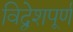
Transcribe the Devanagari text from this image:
विद्वेशपूर्ण